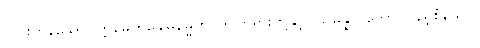
ငါပါးကုန်သော။ ဣမေဟိခေါဓမ္မေဟိ၊ ဤတရားတို့နှင့်။ သမန္နာဂတော၊ ပြည့်စုံသော။